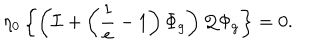
\eta _ { 0 } \left\{ \left( { \cal I } + \left( \frac { 1 } { e } - 1 \right) \Phi _ { g } \right) { \cal Q } \Phi _ { g } \right\} = 0 .